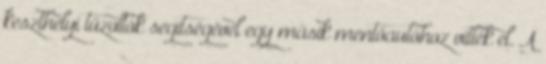
keszthelyi tűzoltók segítségével egy másik mentőautóhoz vitték el. A